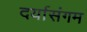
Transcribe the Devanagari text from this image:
दर्यासंगम